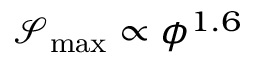
{ \mathcal { S } _ { \mathrm { m a x } } \propto \phi ^ { 1 . 6 } }